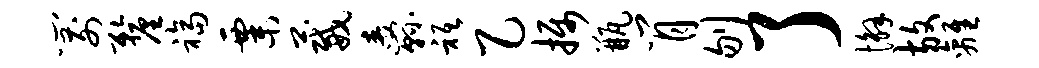
箭厘福粟葳纛只乙摄瓶肖刎了懈放离